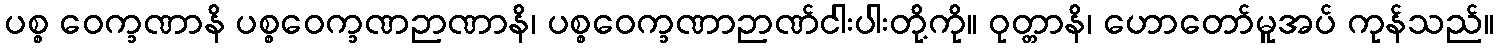
ပစ္စ ဝေက္ခဏာနိ ပစ္စဝေက္ခဏဉာဏာနိ၊ ပစ္စဝေက္ခဏာဉာဏ်ငါးပါးတို့ကို။ ဝုတ္တာနိ၊ ဟောတော်မူအပ် ကုန်သည်။